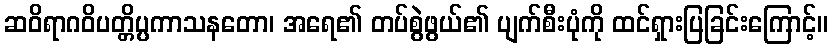
ဆဝိရာဂဝိပတ္တိပ္ပကာသနတော၊ အရေ၏ တပ်စွဲဖွယ်၏ ပျက်စီးပုံကို ထင်ရှားပြခြင်းကြောင့်။